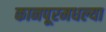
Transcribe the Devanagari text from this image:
कानपूरमधल्या